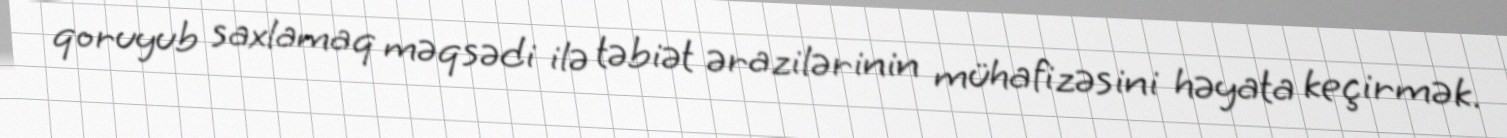
qoruyub saxlamaq məqsədi ilə təbiət ərazilərinin mühafizəsini həyata keçirmək.